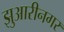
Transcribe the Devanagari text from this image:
झुआरीनगर